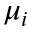
\mu _ { i }